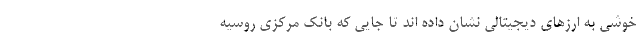
خوشی به ارزهای دیجیتالی نشان داده اند تا جایی که بانک مرکزی روسیه